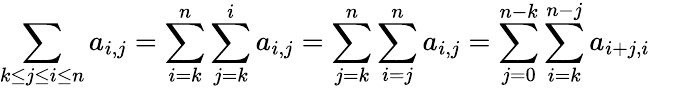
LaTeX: \sum_{k\leq j\leq i\leq n}a_{i,j}=\sum_{i=k}^{n}\sum_{j=k}^{i}a_{i,j}=\sum_{j=k}^{n}\sum_{i=j}^{n}a_{i,j}=\sum_{j=0}^{n-k}\sum_{i=k}^{n-j}a_{i+j,i}\quad